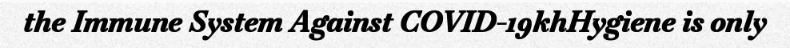
the Immune System Against COVID-19khHygiene is only